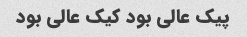
پیک عالی بود کیک عالی بود